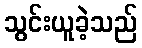
သွင်းယူခဲ့သည်